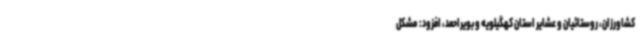
کشاورزان، روستائیان و عشایر استان کهگیلویه و بویراحمد، افزود: مشکل